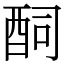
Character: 䣳